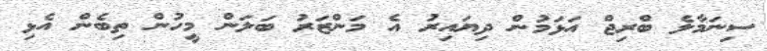
ސިނަމާލެ ބްރިޖް އަޅަމުން ދިޔައިރު އެ މަންޒަރު ބަލަން މީހުން ތިބެން އެޅި